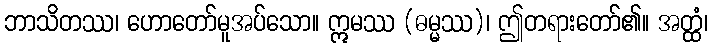
ဘာသိတဿ၊ ဟောတော်မူအပ်သော။ ဣမဿ (ဓမ္မဿ)၊ ဤတရားတော်၏။ အတ္ထံ၊